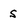
Character: s